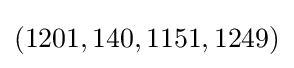
(1201,140,1151,1249)